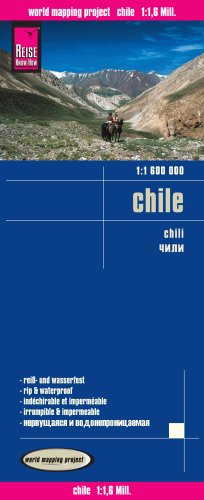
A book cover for Chile; Reise Know-How Verlag; Travel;